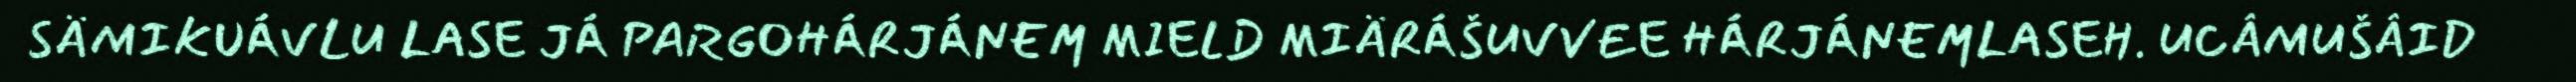
SÄMIKUÁVLU LASE JÁ PARGOHÁRJÁNEM MIELD MIÄRÁŠUVVEE HÁRJÁNEMLASEH. UCÂMUŠÂID